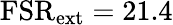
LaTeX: \mathrm{FSR}_{\mathrm{ext}}=21.4